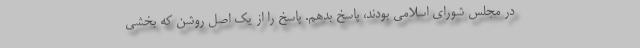
در مجلس شورای اسلامی بودند، پاسخ بدهم. پاسخ را از یک اصل روشن که بخشی